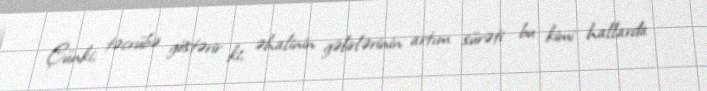
Çünki, təcrübə göstərir ki, əhalinin gəlirlərinin artım sürəti bu kimi hallarda